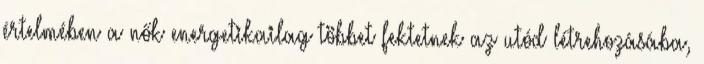
értelmében a nők energetikailag többet fektetnek az utód létrehozásába,